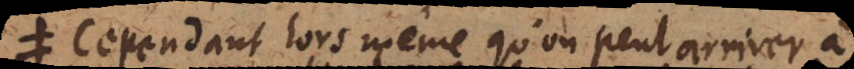
Cependant lors même qu’on peut arriver à